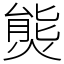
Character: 熋